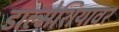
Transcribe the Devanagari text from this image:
डाल्मेशियावर